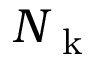
N _ { \mathrm { ~ k ~ } }